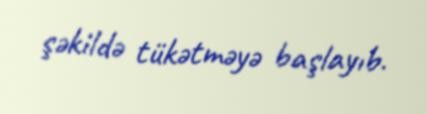
şəkildə tükətməyə başlayıb.